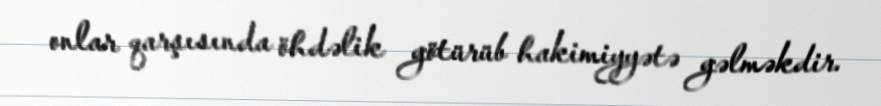
onlar qarşısında öhdəlik götürüb hakimiyyətə gəlməkdir.